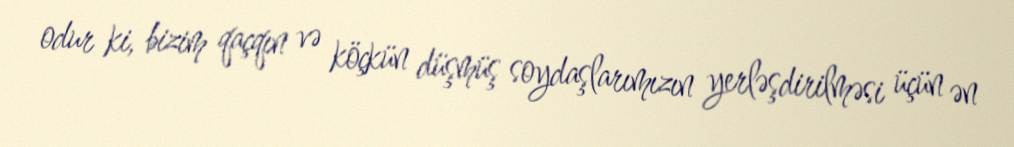
odur ki, bizim qaçqın və köçkün düşmüş soydaşlarımızın yerləşdirilməsi üçün ən